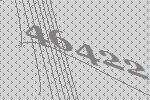
46422